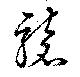
襲